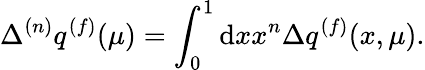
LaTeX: \Delta^{(n)}q^{(f)}(\mu)=\int_{0}^{1}\mathrm{d}xx^{n}\Delta q^{(f)}(x,\mu).